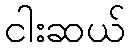
ငါးဆယ်